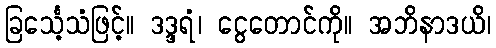
ခြင်္သေ့သံဖြင့်။ ဒဒ္ဒရံ၊ ငွေတောင်ကို။ အဘိနာဒယိ၊